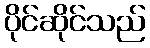
ပိုင်ဆိုင်သည်